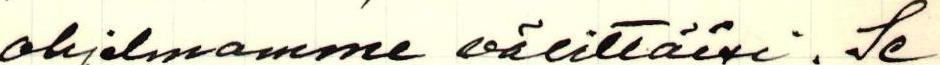
ohjelmamme välittäisi. Se